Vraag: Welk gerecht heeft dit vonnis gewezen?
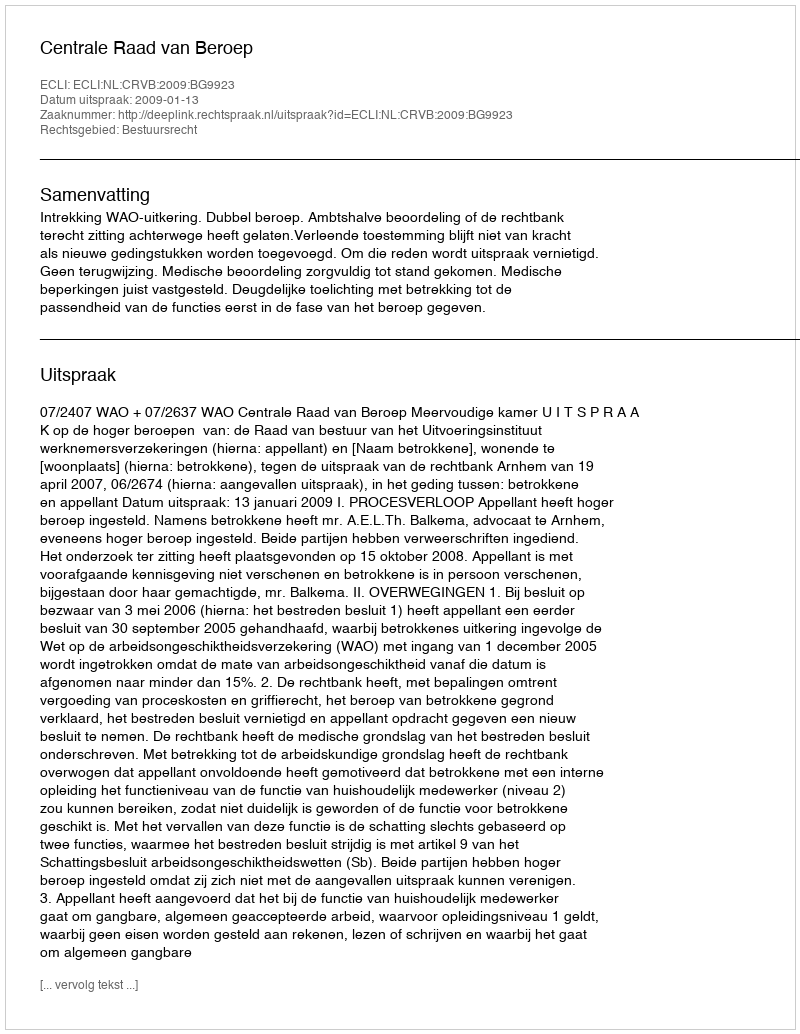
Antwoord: Centrale Raad van Beroep